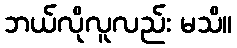
ဘယ်လိုလူလည်း မသိ။